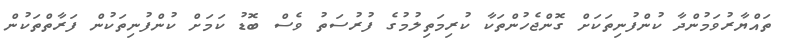
ތައްޔާރުވަމުންދާ ކުންފުނިތަކަށް ގޮންޖެހުންތަކާ ކުރިމަތިލުމުގެ ފުރުސަތު ވެސް ބޮޑު ކަމަށް ކުންފުނިތަކުން ފަރާތްތަކުން